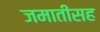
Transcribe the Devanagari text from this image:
जमातीसह